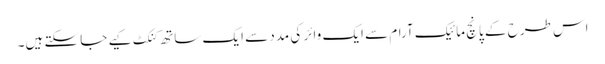
اس طرح کے پانچ مائیک آرام سے ایک وائر کی مدد سے ایک ساتھ کنکٹ کیے جا سکتے ہیں۔